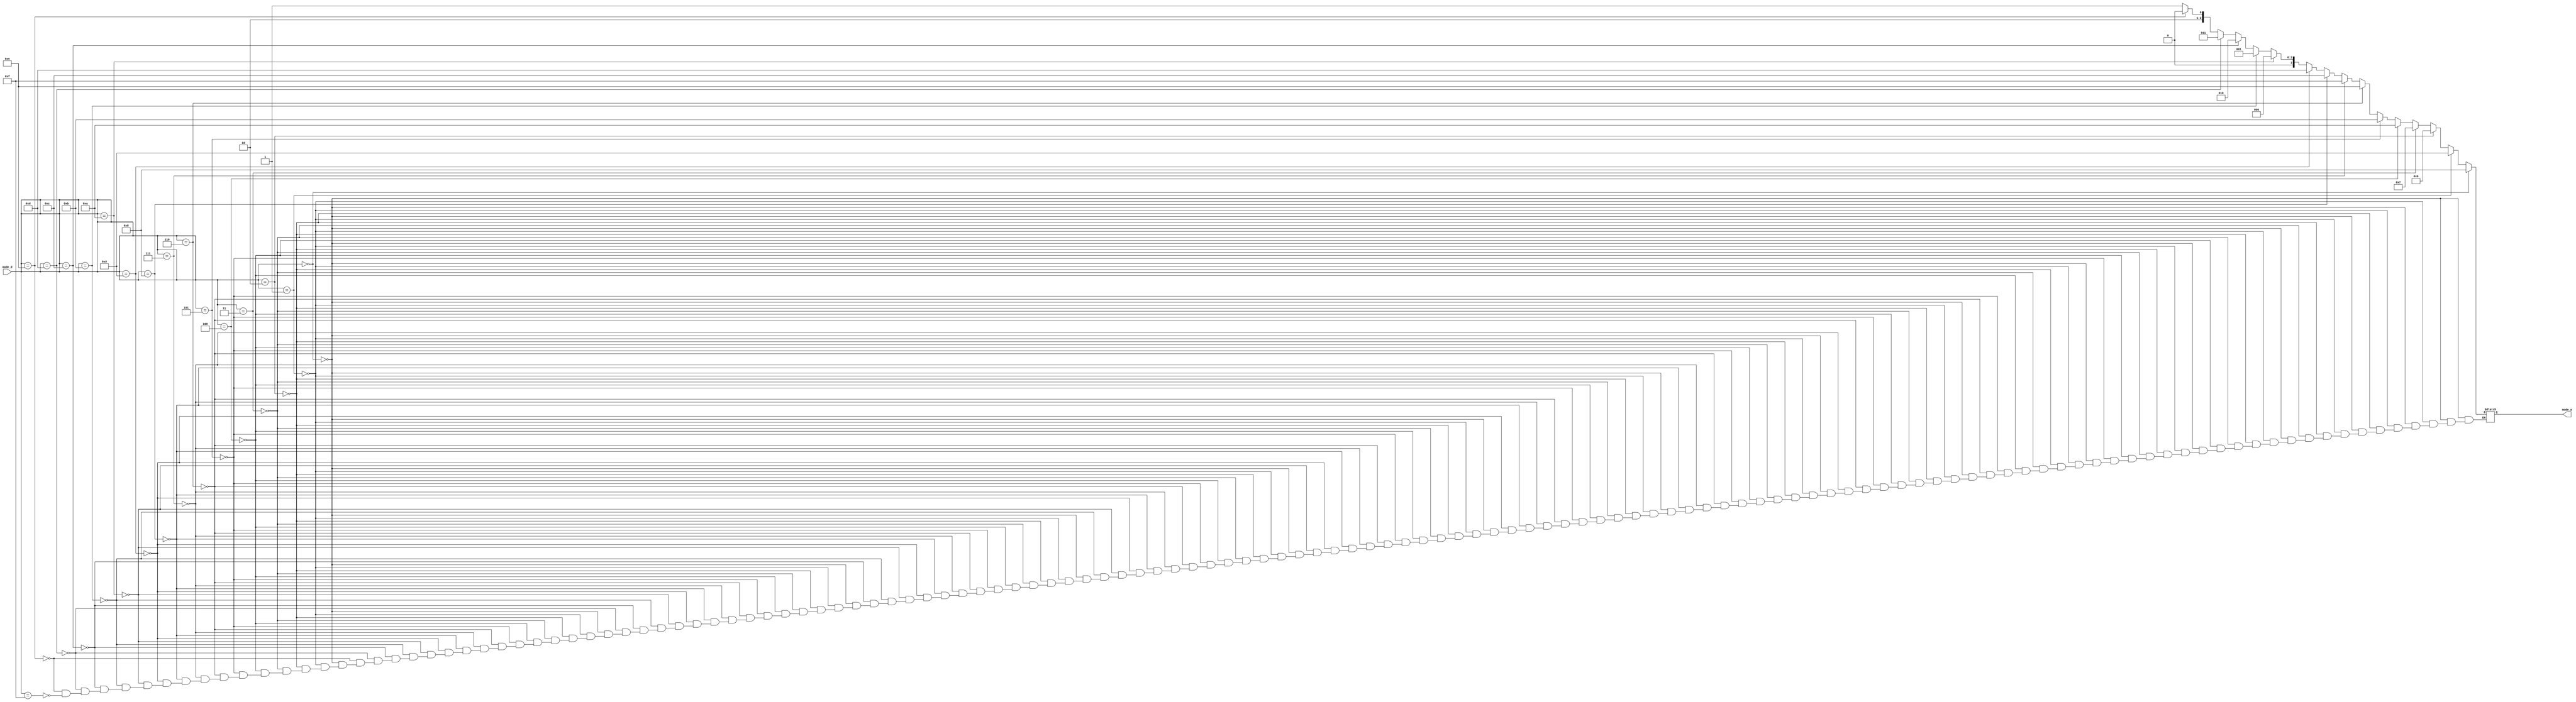
`timescale 1ns / 1ps
//////////////////////////////////////////////////////////////////////////////////
// Company: 
// Engineer: 
// 
// Design Name: 
// Module Name: decoder
// Project Name: 
// Target Devices: 
// Tool Versions: 
// Description: 
// 
// Dependencies: 
// 
// Revision:
// Revision 0.01 - File Created
// Additional Comments:
// 
//////////////////////////////////////////////////////////////////////////////////


module decoder(
    input[3:0] mode_d,
    output reg[3:0] mode_a

    );
    
    always @(mode_d)
    begin
    
    
    if (mode_d == 4'b0000)
        mode_a=4'b1000; //negate A
   
    else if (mode_d == 4'b0001)
        mode_a=4'b1001; //negate B
   
    else if (mode_d == 4'b0010)
        mode_a=4'b0110; //invert A
    
    else if (mode_d == 4'b0011)
        mode_a=4'b0111; //invert B
    
    else if (mode_d == 4'b0100)
        mode_a=4'b1010; //A + B

    else if (mode_d == 4'b0101)
        mode_a=4'b1011; //A-B

    else if (mode_d == 4'b0110)
        mode_a=4'b1110; //A+1
   
    else if (mode_d == 4'b0111)
        mode_a=4'b1111; //A-1
    
    else if (mode_d == 4'b1000)
        mode_a=4'b1100; //A*B
    
    else if (mode_d == 4'b1001)
        mode_a=4'b1101; //B-A
    
    else if (mode_d == 4'b1010)
        mode_a=4'b0000; //A & B
   
    else if (mode_d == 4'b1011)
        mode_a=4'b0001; //A or B
    
    else if (mode_d == 4'b1100)
        mode_a=4'b0010; //A nand B
    
    else if (mode_d == 4'b1101)
        mode_a=4'b0011; //A nor B
   
    else if (mode_d == 4'b1110)
        mode_a=4'b0100; //A xor B
    
    else if (mode_d == 4'b1111)
        mode_a=4'b0101; //A xnor B
   
    end
    
endmodule